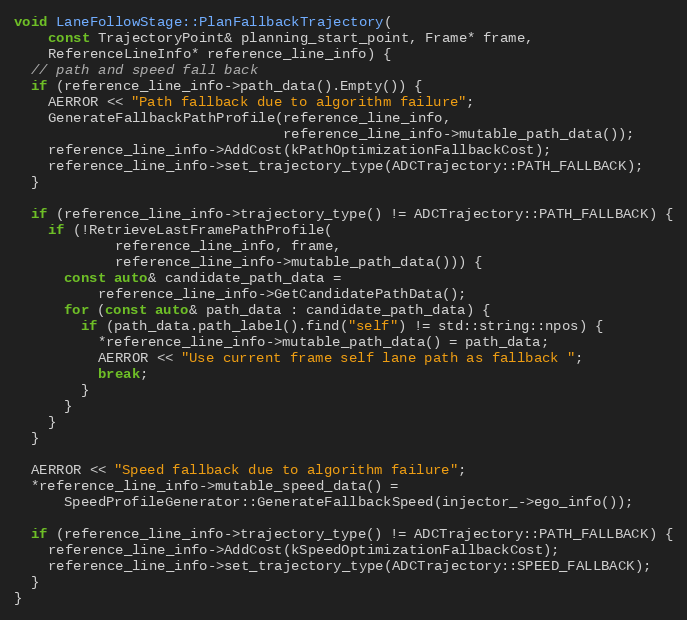
Language: C++
void LaneFollowStage::PlanFallbackTrajectory(
    const TrajectoryPoint& planning_start_point, Frame* frame,
    ReferenceLineInfo* reference_line_info) {
  // path and speed fall back
  if (reference_line_info->path_data().Empty()) {
    AERROR << "Path fallback due to algorithm failure";
    GenerateFallbackPathProfile(reference_line_info,
                                reference_line_info->mutable_path_data());
    reference_line_info->AddCost(kPathOptimizationFallbackCost);
    reference_line_info->set_trajectory_type(ADCTrajectory::PATH_FALLBACK);
  }

  if (reference_line_info->trajectory_type() != ADCTrajectory::PATH_FALLBACK) {
    if (!RetrieveLastFramePathProfile(
            reference_line_info, frame,
            reference_line_info->mutable_path_data())) {
      const auto& candidate_path_data =
          reference_line_info->GetCandidatePathData();
      for (const auto& path_data : candidate_path_data) {
        if (path_data.path_label().find("self") != std::string::npos) {
          *reference_line_info->mutable_path_data() = path_data;
          AERROR << "Use current frame self lane path as fallback ";
          break;
        }
      }
    }
  }

  AERROR << "Speed fallback due to algorithm failure";
  *reference_line_info->mutable_speed_data() =
      SpeedProfileGenerator::GenerateFallbackSpeed(injector_->ego_info());

  if (reference_line_info->trajectory_type() != ADCTrajectory::PATH_FALLBACK) {
    reference_line_info->AddCost(kSpeedOptimizationFallbackCost);
    reference_line_info->set_trajectory_type(ADCTrajectory::SPEED_FALLBACK);
  }
}